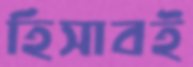
হিসাবই